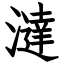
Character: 澾